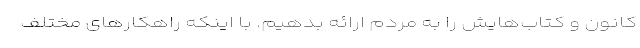
کانون و کتاب‌هایش را به مردم ارائه بدهیم. با اینکه راهکارهای مختلف